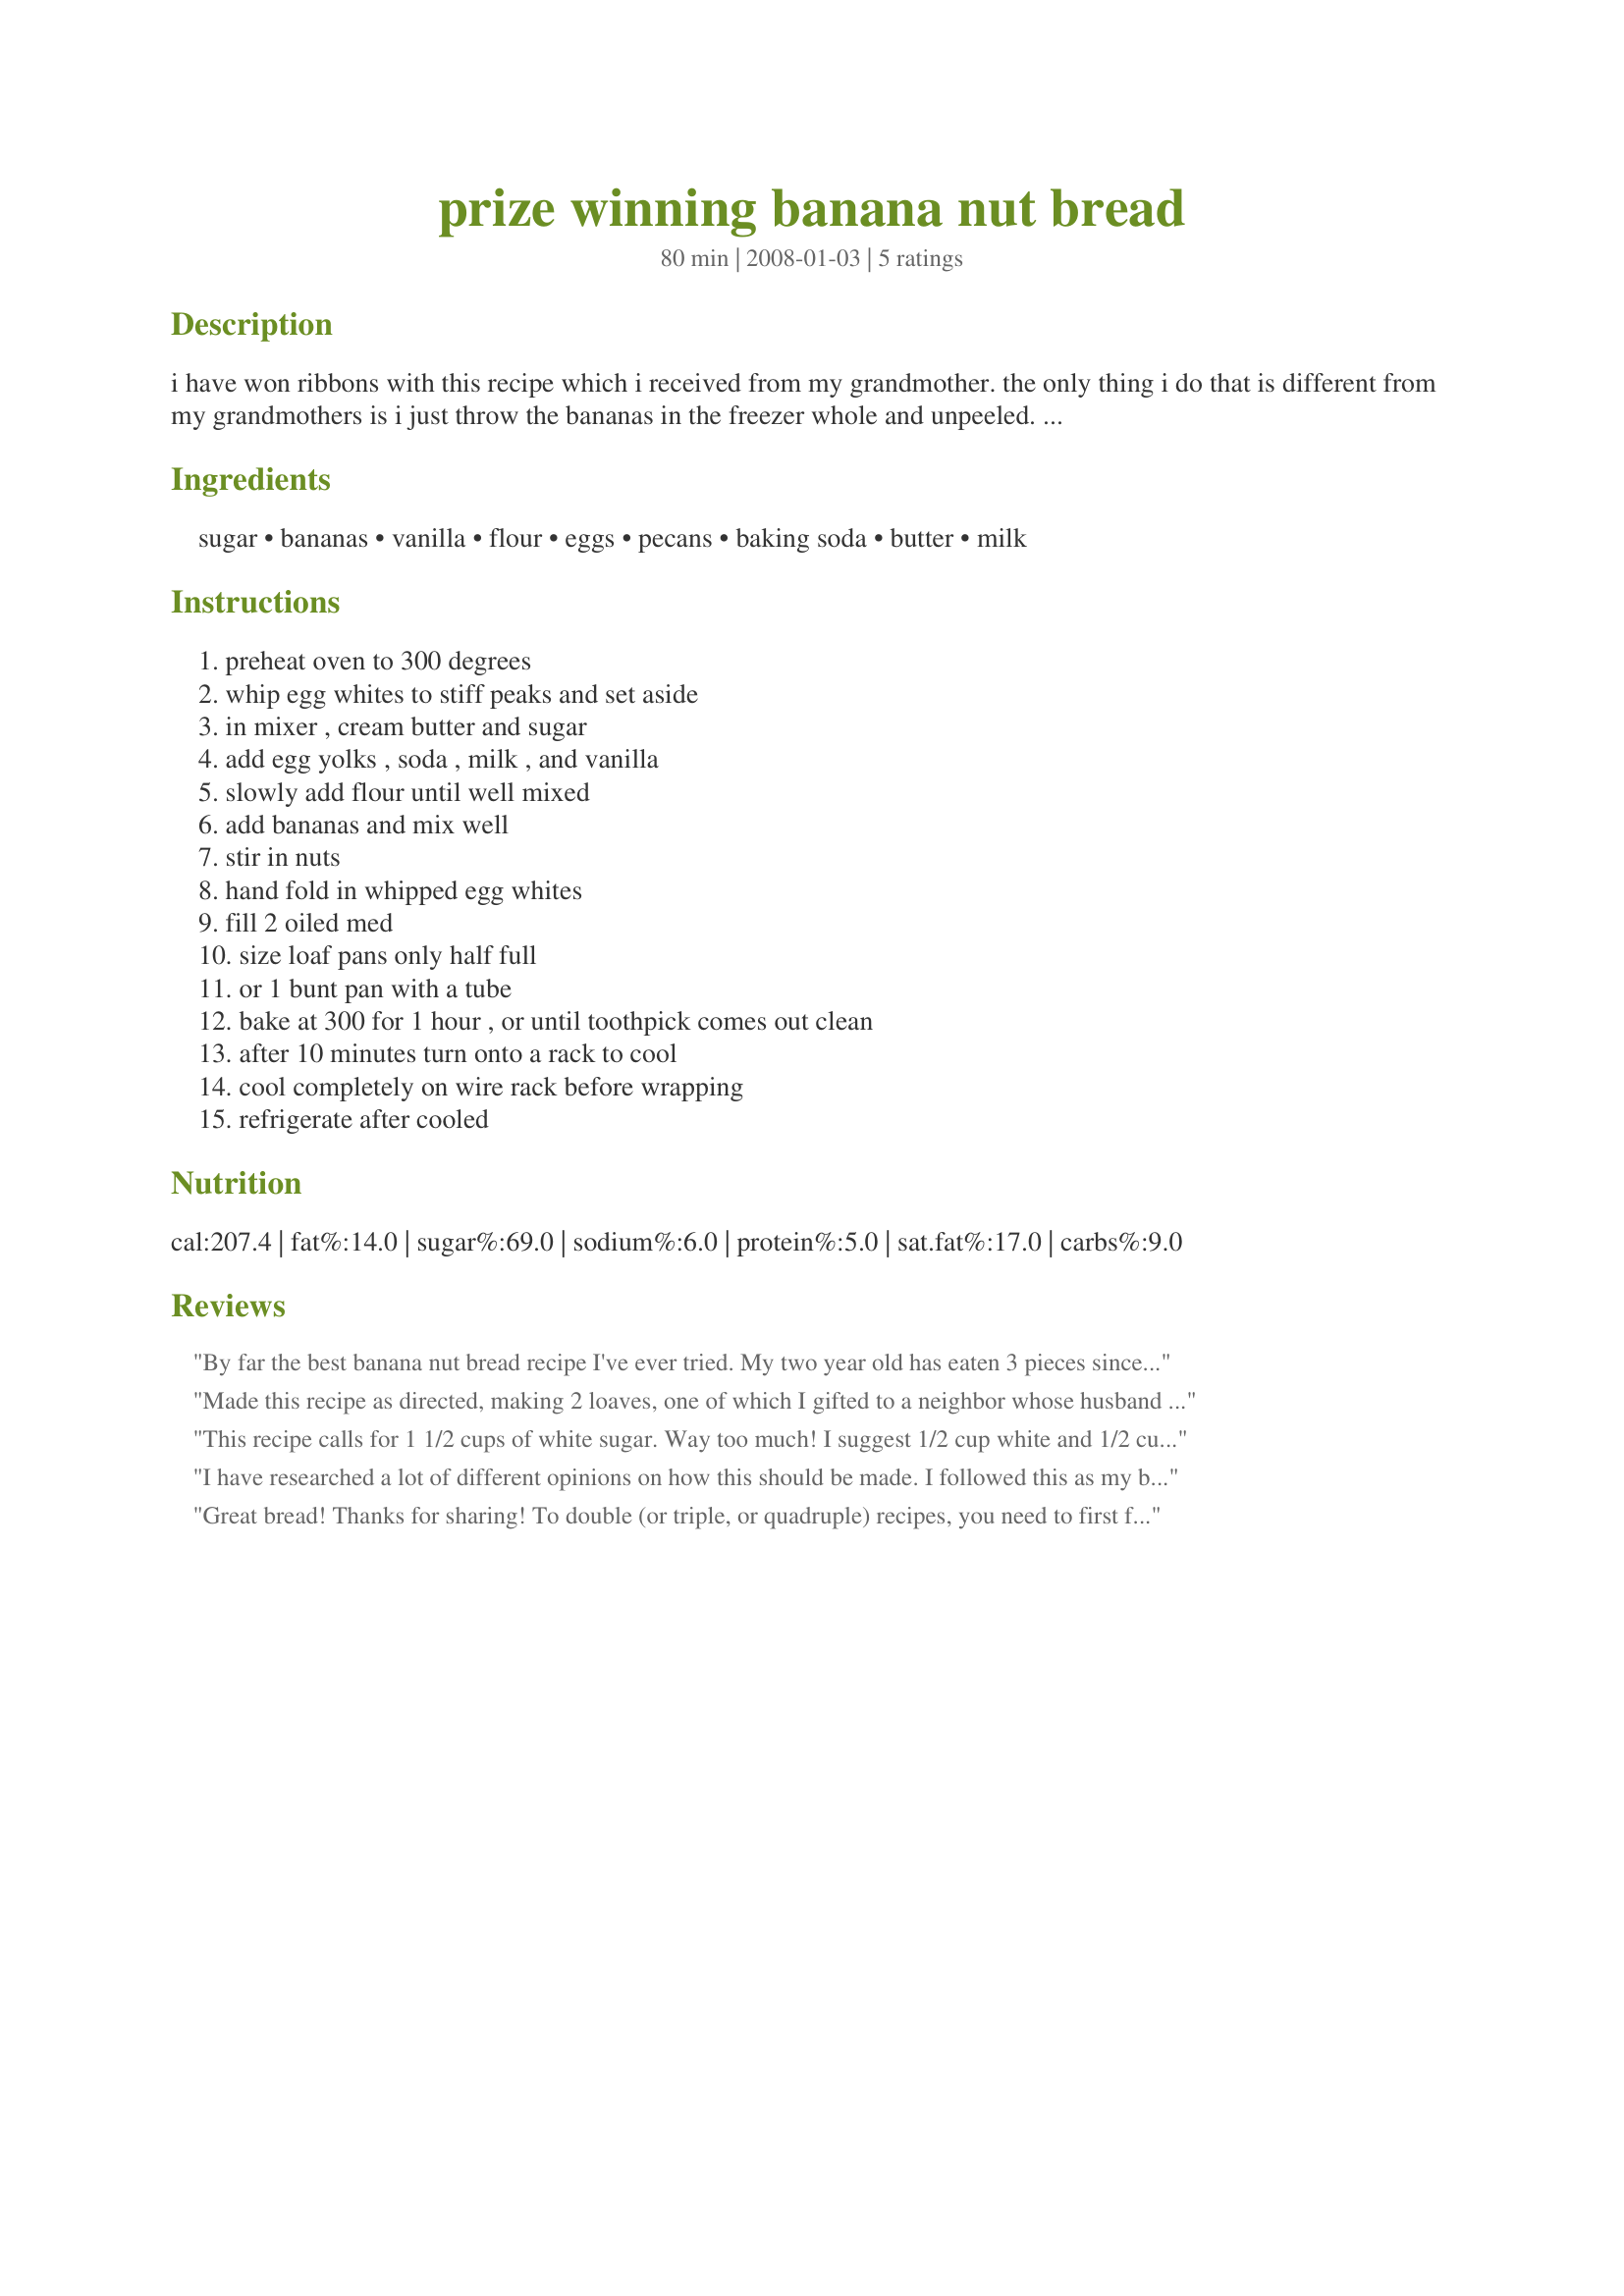
prize winning banana nut bread
Preparation time: 80 minutes

i have won ribbons with this recipe which i received from my grandmother.
the only thing i do that is different from my grandmothers is i just throw the bananas in the freezer whole and unpeeled. then i let them thaw and squeeze them into the batter when the recipe calls for them. i think that is the secret to the moist, denseness that my banana bread has.
this bread can not be doubled. i know because i have tried 3 times and the bread won't rise.
cool completely on a rack before wrapping and refrigerating.
or it will be icky and sticky in the middle.
enjoy!

Ingredients:
sugar, bananas, vanilla, flour, eggs, pecans, baking soda, butter, milk

Steps:
preheat oven to 300 degrees, whip egg whites to stiff peaks and set aside, in mixer , cream butter and sugar, add egg yolks , soda , milk , and vanilla, slowly add flour until well mixed, add bananas and mix well, stir in nuts, hand fold in whipped egg whites, fill 2 oiled med, size loaf pans only half full, or 1 bunt pan with a tube, bake at 300 for 1 hour , or until toothpick comes out clean, after 10 minutes turn onto a rack to cool, cool completely on wire rack before wrapping, refrigerate after cooled

Reviews:
By far the best banana nut bread recipe I've ever tried. My two year old has eaten 3 pieces since it came out of the oven. This will be my go to for banana nut bread!!! Thanks for sharing!
Made this recipe as directed, making 2 loaves, one of which I gifted to a neighbor whose husband was recovering from an illness. I was intrigued with your intro & how you work in the bananas, so did the very same thing with mine! I also toasted the pecans & the result was a couple of WONDERFUL TASTING LOAVES! Thanks much for the tip & the great recipe keeper! [Tagged, made & reviewed in Zaar Chef Alphabet Soup tag]
This recipe calls for 1 1/2 cups of white sugar. Way too much! I suggest 1/2 cup white and 1/2 cup light brown packed. When I made it, I added 1/2 teaspoon of ground cinnamon and a pinch of salt to the flour. Used 1/2 cup of chopped pecans in lieu of 1 cup. This can be baked in one regular size loaf pan for 60-65 minutes. Folding in the egg whites made it lighter than most banana bread recipes. Very nice. Definitely a keeper!
I have researched a lot of different opinions on how this should be made. I followed this as my base and used some of the siggested tweaks. So I used1 cup of sugar and 1/2 cup of brown sugar. I substituted the milk for heavy whipping cream and added a pinch of salt. I did not have over-ripe bananas (which I prefer) so I took 3 ripe bananas and baked them on 200 for 20 min until black and they were PERFECT! Otherwise, I followed the recipe entirely and it was wonderful and made the moist bread I was looking for. I think the nail on the head was whipping the egg whites seperately. Thanks for the tips! Oh and I also omitted the nuts but that is just because I don't care for them.
Great bread! Thanks for sharing! To double (or triple, or quadruple) recipes, you need to first figure out the weight of each ingredient. Always figure the flour is 100% and then you need to then figure out the percentage of each of the other ingredient in relation to the flour. So, if you have 1 lb of flour and that is 100%, and if you have 4 oz sugar, your sugar is 25% compared to the flour (your percentages will never total 100%--that is not the goal you are after here). If your butter is 8 ounces, it is 50% in comparison to the flour. After figuring out the percentage of all your ingredients, you then multiply accordingly. So, if your flour is 1 lb initially and is 100% and you want to double the recipe, you would put in 2 lbs of flour, 8 oz of sugar, 1 lb of butter, etc. We should all weigh our ingredients but converting recipes is a bit tedious. If you are going to double this recipe often though, it would be worth the trouble because you would only have to figure the percentages once. My biggest problem is eggs. What chicken ever laid a perfect 1 oz egg??? Anyway, hope that helps.
